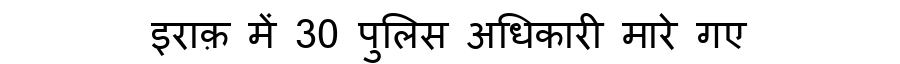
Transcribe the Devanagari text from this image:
इराक़ में 30 पुलिस अधिकारी मारे गए